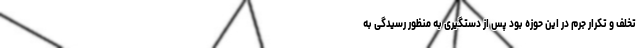
تخلف و تکرار جرم در این حوزه بود پس از دستگیری به منظور رسیدگی به